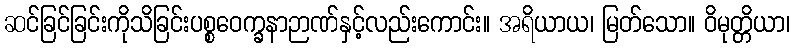
ဆင်ခြင်ခြင်းကိုသိခြင်းပစ္စဝေက္ခနာဉာဏ်နှင့်လည်းကောင်း။ အရိယာယ၊ မြတ်သော။ ဝိမုတ္တိယာ၊